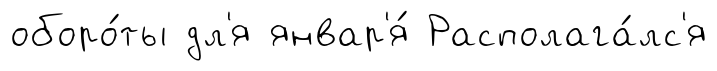
оборо́ты дл'я январ'я́ Располага́лс'я